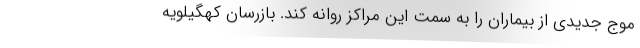
موج جدیدی از بیماران را به سمت این مراکز روانه کند. بازرسان کهگیلویه